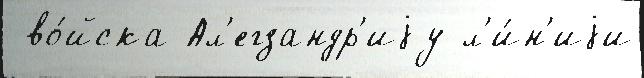
 во́йска Ал'егзандр'иjу л'и́н'иjи